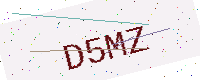
Text: D5MZ